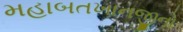
મહાબતખાનજીનો